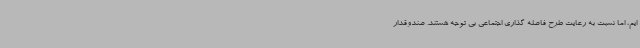
ایم، اما نسبت به رعایت طرح فاصله گذاری اجتماعی بی توجه هستند. صندوقدار